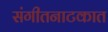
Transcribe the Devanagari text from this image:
संगीतनाटकात